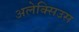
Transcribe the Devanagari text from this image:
अलेक्सिउस